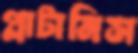
প্লাটানিস